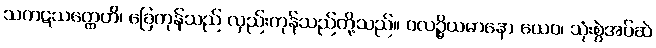
သကဋသတ္ထေဟိ၊ ခြေကုန်သည် လှည်းကုန်သည်တို့သည်။ ဝလဉ္ဇိယမာနော ယေဝ၊ သုံးစွဲအပ်ဆဲ